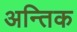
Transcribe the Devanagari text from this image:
अन्तिक